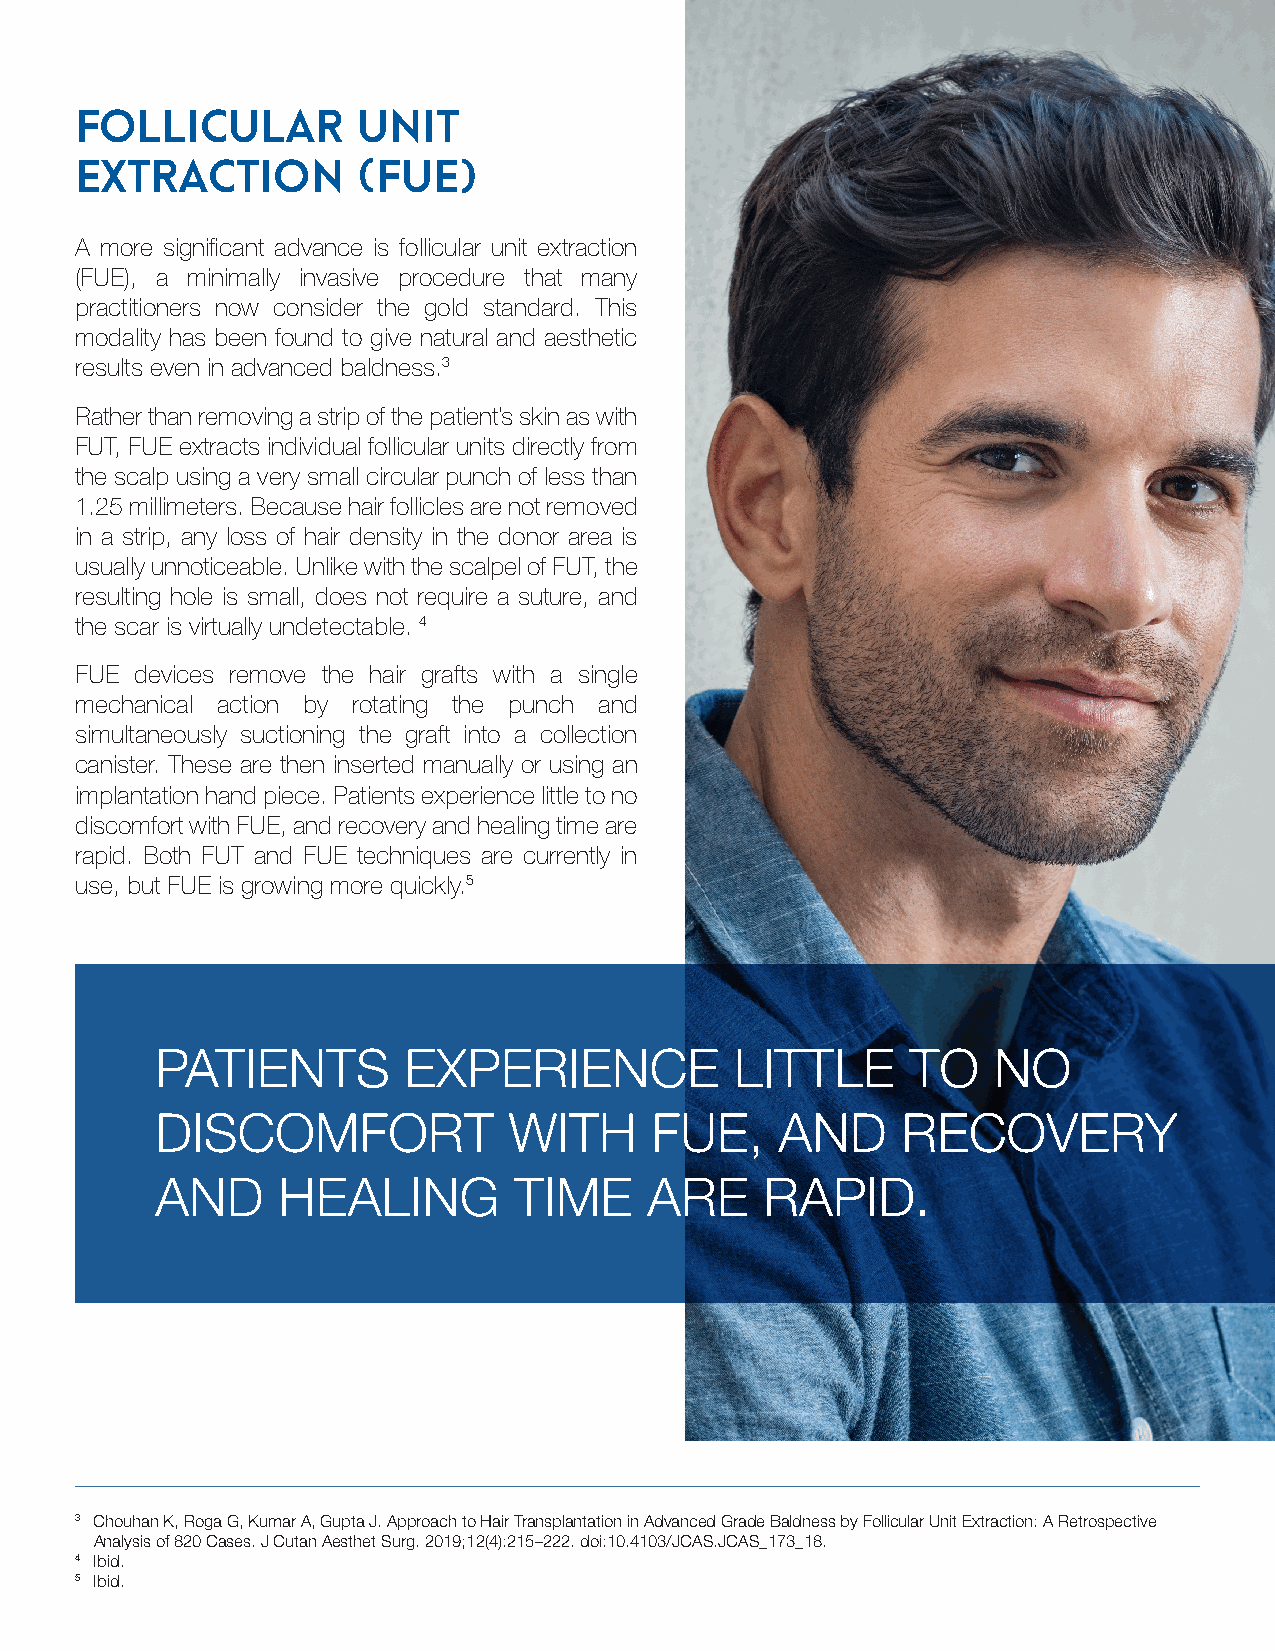
Follicular         Unit
 Extraction         (FUE)
 A more significant advance is follicular unit extraction
 (FUE), a minimally invasive procedure that many
 practitioners now consider the gold standard. This
 modality has been found to give natural and aesthetic
 results even in advanced baldness.3
 Rather than removing a strip of the patient’s skin as with
 FUT, FUE extracts individual follicular units directly from
 the scalp using a very small circular punch of less than
 1.25 millimeters. Because hair follicles are not removed
 in a strip, any loss of hair density in the donor area is
 usually unnoticeable. Unlike with the scalpel of FUT, the
 resulting hole is small, does not require a suture, and
 the scar is virtually undetectable. 4
 FUE devices remove the hair grafts with a single
 mechanical action by rotating the punch and
 simultaneously suctioning the graft into a collection
 canister. These are then inserted manually or using an
 implantation hand piece. Patients experience little to no
 discomfort with FUE, and recovery and healing time are
 rapid. Both FUT and FUE techniques are currently in
 use, but FUE is growing more quickly.5
 PATIENTS         EXPERIENCE            LITTLE     TO    NO
 DISCOMFORT              WITH     FUE,     AND     RECOVERY
 AND     HEALING         TIME     ARE     RAPID.
 3 Chouhan K, Roga G, Kumar A, Gupta J. Approach to Hair Transplantation in Advanced Grade Baldness by Follicular Unit Extraction: A Retrospective
 Analysis of 820 Cases. J Cutan Aesthet Surg. 2019;12(4):215–222. doi:10.4103/JCAS.JCAS_173_18.
 4 Ibid.
 5 Ibid.